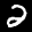
Label: 2